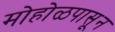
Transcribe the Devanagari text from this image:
मोहोळपासून